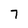
Character: 7